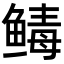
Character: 𬶡